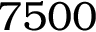
7 5 0 0